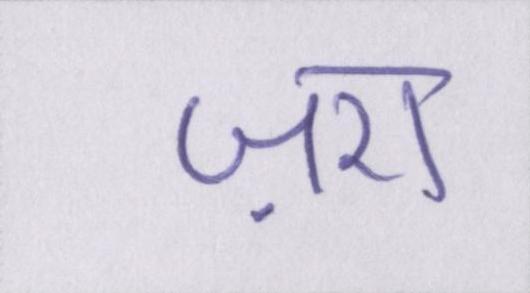
ज़रा